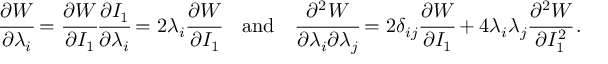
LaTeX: { \cfrac { \partial W } { \partial \lambda _ { i } } } = { \cfrac { \partial W } { \partial I _ { 1 } } } { \cfrac { \partial I _ { 1 } } { \partial \lambda _ { i } } } = 2 \lambda _ { i } { \cfrac { \partial W } { \partial I _ { 1 } } } \quad { \mathrm { a n d } } \quad { \cfrac { \partial ^ { 2 } W } { \partial \lambda _ { i } \partial \lambda _ { j } } } = 2 \delta _ { i j } { \cfrac { \partial W } { \partial I _ { 1 } } } + 4 \lambda _ { i } \lambda _ { j } { \cfrac { \partial ^ { 2 } W } { \partial I _ { 1 } ^ { 2 } } } \, .